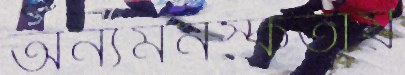
অন্যমনস্কতায়